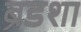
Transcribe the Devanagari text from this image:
ब्रेडशा